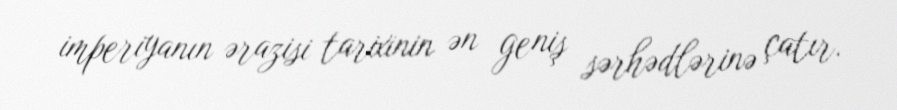
imperiyanın ərazisi tarixinin ən geniş sərhədlərinə çatır.